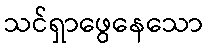
သင်ရှာဖွေနေသော